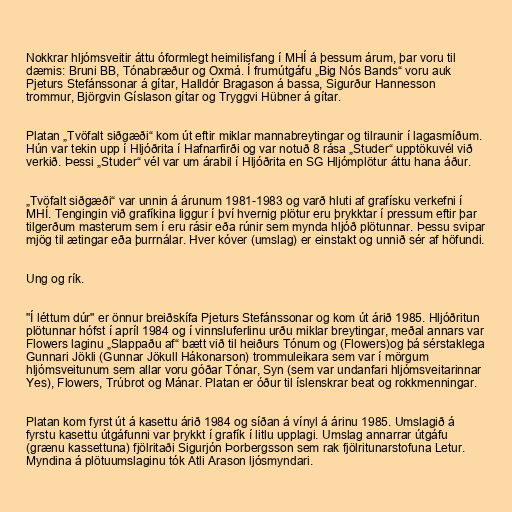
Nokkrar hljómsveitir áttu óformlegt heimilisfang í MHÍ á þessum árum, þar voru til
dæmis: Bruni BB, Tónabræður og Oxmá. Í frumútgáfu „Big Nós Bands“ voru auk
Pjeturs Stefánssonar á gítar, Halldór Bragason á bassa, Sigurður Hannesson
trommur, Björgvin Gíslason gítar og Tryggvi Hübner á gítar.

Platan „Tvöfalt siðgæði“ kom út eftir miklar mannabreytingar og tilraunir í lagasmíðum.
Hún var tekin upp í Hljóðrita í Hafnarfirði og var notuð 8 rása „Studer“ upptökuvél við
verkið. Þessi „Studer“ vél var um árabil í Hljóðrita en SG Hljómplötur áttu hana áður.

„Tvöfalt siðgæði“ var unnin á árunum 1981-1983 og varð hluti af grafísku verkefni í
MHÍ. Tengingin við grafíkina liggur í því hvernig plötur eru þrykktar í pressum eftir þar
tilgerðum masterum sem í eru rásir eða rúnir sem mynda hljóð plötunnar. Þessu svipar
mjög til ætingar eða þurrnálar. Hver kóver (umslag) er einstakt og unnið sér af höfundi.

Ung og rík.

"Í léttum dúr" er önnur breiðskífa Pjeturs Stefánssonar og kom út árið 1985. Hljóðritun
plötunnar hófst í apríl 1984 og í vinnsluferlinu urðu miklar breytingar, meðal annars var
Flowers laginu „Slappaðu af“ bætt við til heiðurs Tónum og (Flowers)og þá sérstaklega
Gunnari Jökli (Gunnar Jökull Hákonarson) trommuleikara sem var í mörgum
hljómsveitunum sem allar voru góðar Tónar, Syn (sem var undanfari hljómsveitarinnar
Yes), Flowers, Trúbrot og Mánar. Platan er óður til íslenskrar beat og rokkmenningar.

Platan kom fyrst út á kasettu árið 1984 og síðan á vínyl á árinu 1985. Umslagið á
fyrstu kasettu útgáfunni var þrykkt í grafík í litlu upplagi. Umslag annarrar útgáfu
(grænu kassettuna) fjölritaði Sigurjón Þorbergsson sem rak fjölritunarstofuna Letur.
Myndina á plötuumslaginu tók Atli Arason ljósmyndari.